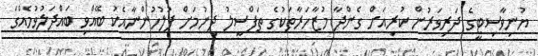
ޔުނިވާސިޓީގެ ދަރިވަރުން ކުރިއަށް ގެންދާ މުޒާހަރާތަކުގެ ތަފްސީލު ދިނުމަށް ފުލުހުންނާއެކު ބޭއްވި ބައްދަލުވުމެއްގަ